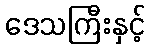
ဒေသကြီးနှင့်